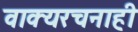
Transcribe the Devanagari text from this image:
वाक्यरचनाही